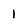
Character: 1